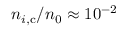
n _ { i , \mathrm { c } } / n _ { 0 } \approx 1 0 ^ { - 2 }